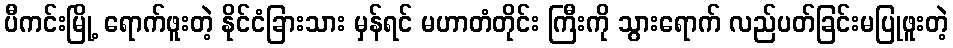
ပီကင်းမြို့ ရောက်ဖူးတဲ့ နိုင်ငံခြားသား မှန်ရင် မဟာတံတိုင်း ကြီးကို သွားရောက် လည်ပတ်ခြင်းမပြုဖူးတဲ့